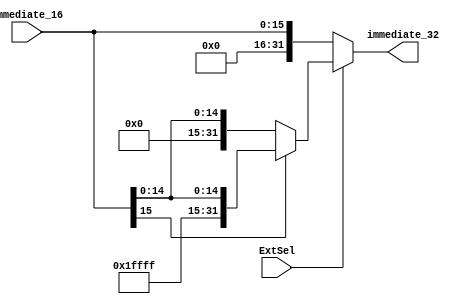
`timescale 1ns / 1ps

module signZeroExtend(
    input [15:0] immediate_16,
    input ExtSel,
    output reg[31:0] immediate_32
    );

   always@( immediate_16 or ExtSel ) begin
        if ( ExtSel == 0 )
            immediate_32 = { 16'h0000, immediate_16 };
        else if (immediate_16[15] == 1 )
            immediate_32 = { 16'hffff, immediate_16 };
        else
            immediate_32 = { 16'h0000, immediate_16 };
	end
endmodule